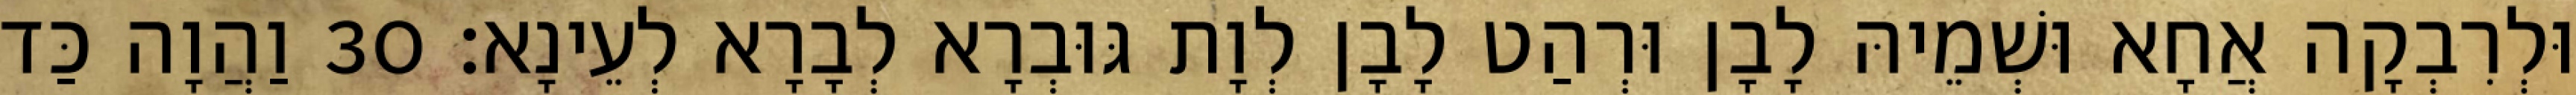
וּלְרִבְקָה אֲחָא וּשְׁמֵיהּ לָבָן וּרְהַט לָבָן לְוָת גּוּבְרָא לְבָרָא לְעֵינָא׃ 30 וַהֲוָה כַּד